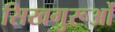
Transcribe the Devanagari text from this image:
सिखगुरूओं